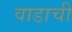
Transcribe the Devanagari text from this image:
वाडाची